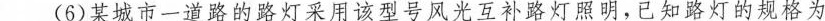
(6)某城市一道路的路灯采用该型号风光互补路灯照明，已知路灯的规格为